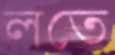
লতে